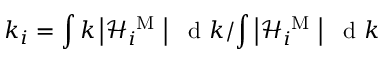
k _ { i } = { \int k \left| \mathcal { H } _ { i } ^ { \mathrm { ~ M ~ } } \right| \ \mathrm { ~ d ~ } k } / { \int \left| \mathcal { H } _ { i } ^ { \mathrm { ~ M ~ } } \right| \ \mathrm { ~ d ~ } k }